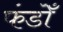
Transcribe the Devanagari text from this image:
फंडोँ